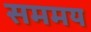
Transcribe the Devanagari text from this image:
सममय